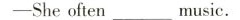
-She often_music.